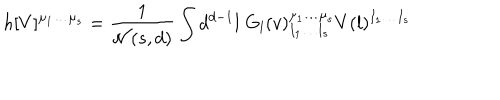
LaTeX: h [ V ] ^ { \mu _ { 1 } \ldots \mu _ { s } } = { \frac { 1 } { { \cal N } ( s , d ) } } \int d ^ { d - 1 } l \; G _ { l } ( v ) _ { I _ { 1 } \ldots I _ { s } } ^ { \mu _ { 1 } \ldots \mu _ { s } } V ( l ) ^ { I _ { 1 } \ldots I _ { s } }